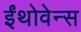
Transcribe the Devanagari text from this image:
ईंथोवेन्स